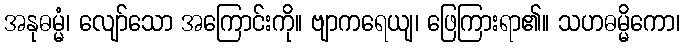
အနုဓမ္မံ၊ လျော်သော အကြောင်းကို။ ဗျာကရေယျ၊ ဖြေကြားရာ၏။ သဟဓမ္မိကော၊